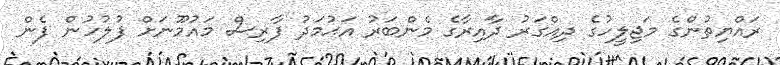
ރައްޔިތުންގެ މަޖިލީހުގެ ދިއްގަރު ދާއިރާގެ މެންބަރު އަޙުމަދު ފާރިސް މައުމޫނަށް ފުލުހުން ފެން